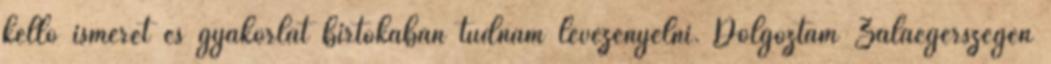
kellő ismeret és gyakorlat birtokában tudnám levezényelni. Dolgoztam Zalaegerszegen